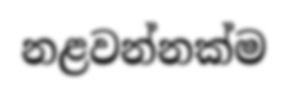
නළවන්නක්ම